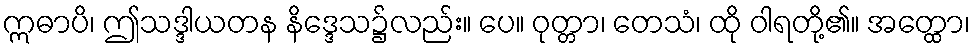
ဣဓာပိ၊ ဤသဒ္ဒါယတန နိဒ္ဒေသ၌လည်း။ ပေ။ ဝုတ္တာ၊ တေသံ၊ ထို ဝါရတို့၏။ အတ္ထော၊